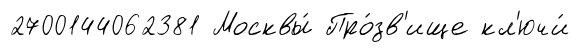
2700144062381 Москвы́ Про́зв'ище кл'ючи́